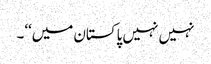
نہیں نہیں پاکستان میں‘‘۔